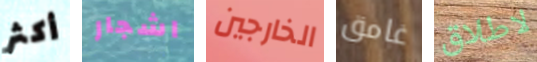
أكثر اشجار الخارجين غامق لاطلاق